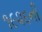
૧૯૨૬ની